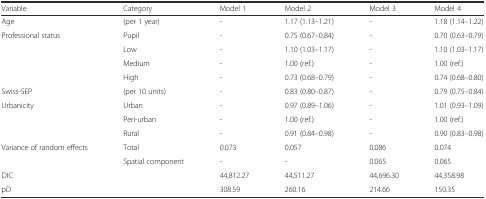
| Variable | Category | Model 1 | Model 2 | Model 3 | Model 4 |
 | --- | --- | --- | --- | --- | --- |
 | Age | (per 1 year) | - | 1.17 (1.13–1.21) | - | 1.18 (1.14–1.22) |
 | Professional status | Pupil | - | 0.75 (0.67–0.84) | - | 0.70 (0.63–0.79) |
 |  | Low | - | 1.10 (1.03–1.17) | - | 1.10 (1.03–1.17) |
 |  | Medium | - | 1.00 (ref.) | - | 1.00 (ref.) |
 |  | High | - | 0.73 (0.68–0.79) | - | 0.74 (0.68–0.80) |
 | Swiss-SEP | (per 10 units) | - | 0.83 (0.80–0.87) | - | 0.79 (0.75–0.84) |
 | Urbanicity | Urban | - | 0.97 (0.89–1.06) | - | 1.01 (0.93–1.09) |
 |  | Peri-urban | - | 1.00 (ref.) | - | 1.00 (ref.) |
 |  | Rural | - | 0.91 (0.84–0.98) | - | 0.90 (0.83–0.98) |
 | Variance of random effects | Total | 0.073 | 0.057 | 0.086 | 0.074 |
 |  | Spatial component | - | - | 0.065 | 0.065 |
 | DIC |  | 44,812.27 | 44,511.27 | 44,696.30 | 44,358.98 |
 | pD |  | 308.59 | 260.16 | 214.66 | 150.35 |